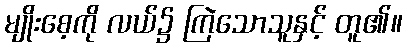
မျိုးစေ့ကို လယ်၌ ကြဲသောသူနှင့် တူ၏။